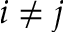
i \neq j